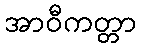
အာဝီကတ္တာ